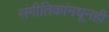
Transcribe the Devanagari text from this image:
संगीतिकांमधूनही